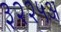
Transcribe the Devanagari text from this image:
३२२५अ